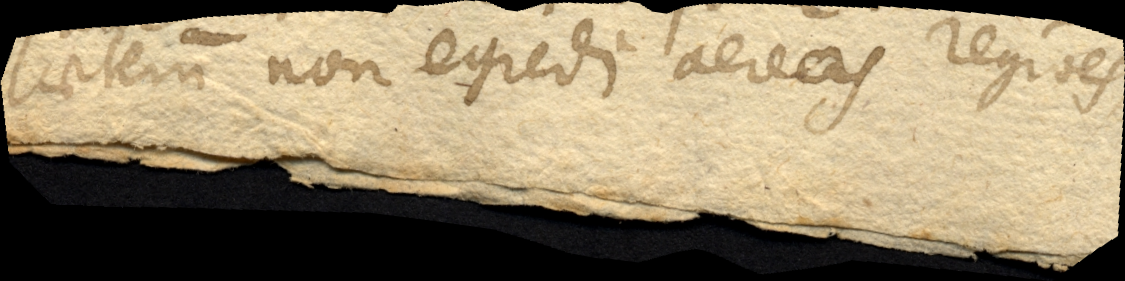
caeterum non egredi aereas regiones,